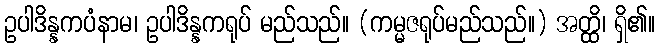
ဥပါဒိန္နကပံနာမ၊ ဥပါဒိန္နကရုပ် မည်သည်။ (ကမ္မဇရုပ်မည်သည်။) အတ္ထိ၊ ရှိ၏။